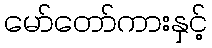
မော်တော်ကားနှင့်